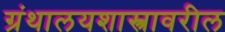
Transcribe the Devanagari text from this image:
ग्रंथालयशास्त्रावरील